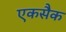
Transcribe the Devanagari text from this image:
एकसैक